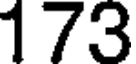
173